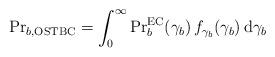
LaTeX: \begin{align*} {\Pr}_{b, \rm{OSTBC}} = \int_0^\infty {\Pr}_b^{\rm EC} (\gamma_b) \, f_{\gamma_b}(\gamma_b) \, \mathrm{d}\gamma_b\end{align*}